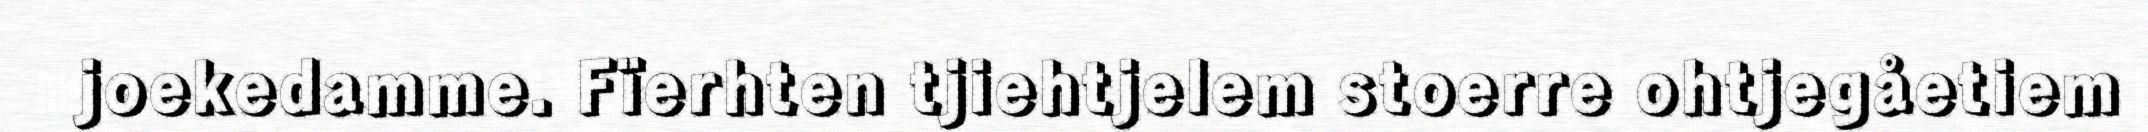
joekedamme. Fïerhten tjiehtjelem stoerre ohtjegåetiem